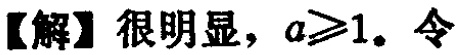
【解】很明显，$a\geqslant1$. 令